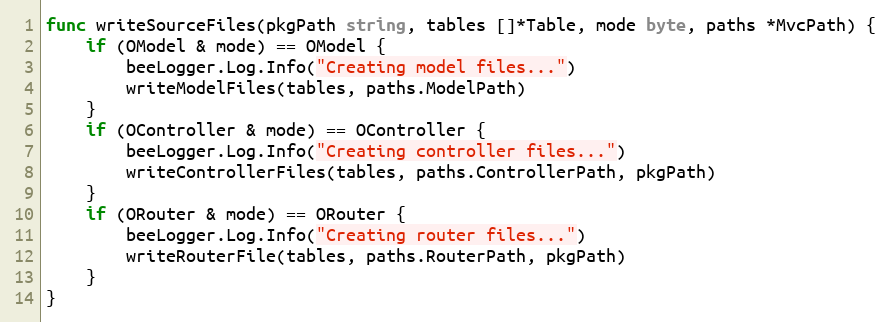
Language: Go
func writeSourceFiles(pkgPath string, tables []*Table, mode byte, paths *MvcPath) {
	if (OModel & mode) == OModel {
		beeLogger.Log.Info("Creating model files...")
		writeModelFiles(tables, paths.ModelPath)
	}
	if (OController & mode) == OController {
		beeLogger.Log.Info("Creating controller files...")
		writeControllerFiles(tables, paths.ControllerPath, pkgPath)
	}
	if (ORouter & mode) == ORouter {
		beeLogger.Log.Info("Creating router files...")
		writeRouterFile(tables, paths.RouterPath, pkgPath)
	}
}